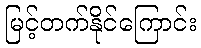
မြင့်တက်နိုင်ကြောင်း